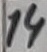
Text: 14